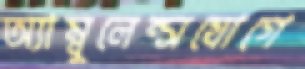
অ্যাম্বুলেন্সযোগে